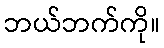
ဘယ်ဘက်ကို။